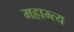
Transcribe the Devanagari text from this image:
महाम्त्य